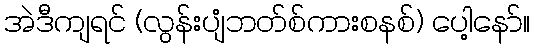
အဲဒီကျရင် (လွန်းပျံဘတ်စ်ကားစနစ်) ပေါ့နော်။